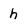
Character: h